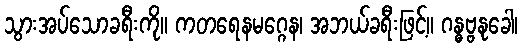
သွားအပ်သောခရီးကို။ ကတရေနမဂ္ဂေန၊ အဘယ်ခရီးဖြင့်။ ဂန္ဓဗ္ဗနုခေါ၊